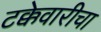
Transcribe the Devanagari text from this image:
टक्केवारीचा